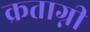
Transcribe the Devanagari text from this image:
क्रताग्नी